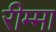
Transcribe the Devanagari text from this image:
रीम्मा